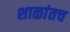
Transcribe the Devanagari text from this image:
शाळांतच